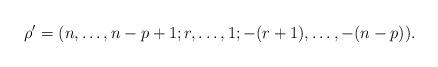
LaTeX: \begin{align*}\rho'=(n,\dots,n-p+1;r,\dots,1;-(r+1),\dots,-(n-p)).\end{align*}